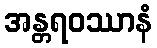
အန္တရဝဿာနံ